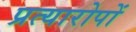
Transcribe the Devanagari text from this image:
प्रत्यारोपों